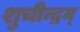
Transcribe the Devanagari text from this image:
शुचीन्द्रम्